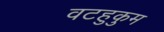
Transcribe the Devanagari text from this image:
वटहुकुम